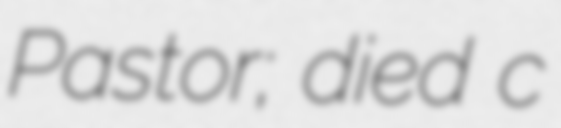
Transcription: Pastor; died c